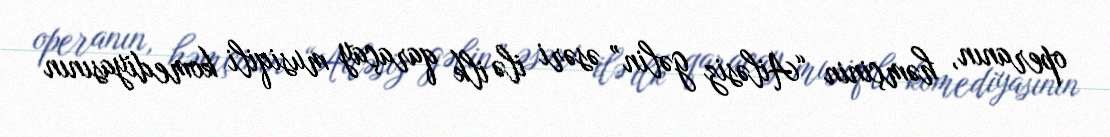
operanın, həmçinin “Ailəsiz gəlin” əsəri ilə ilk qaraçay musiqili komediyasının